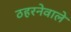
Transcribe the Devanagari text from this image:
ठहरनेवाले